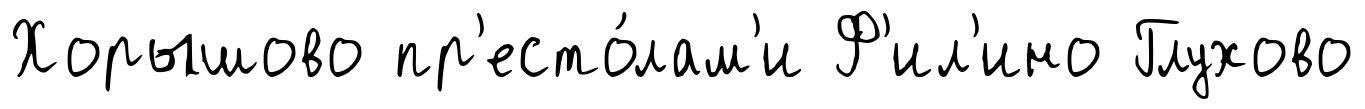
Хорышово пр'есто́лам'и Ф'ил'ино Глухово